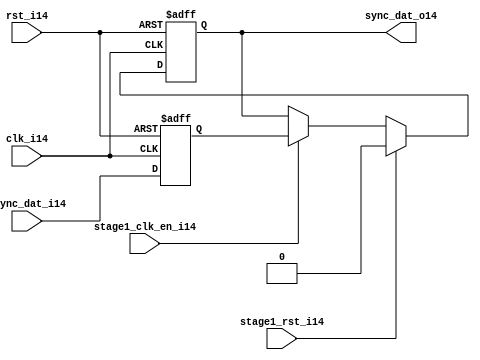
module uart_sync_flops14
(
  // internal signals14
  rst_i14,
  clk_i14,
  stage1_rst_i14,
  stage1_clk_en_i14,
  async_dat_i14,
  sync_dat_o14
);

parameter Tp14            = 1;
parameter width         = 1;
parameter init_value14    = 1'b0;

input                           rst_i14;                  // reset input
input                           clk_i14;                  // clock14 input
input                           stage1_rst_i14;           // synchronous14 reset for stage14 1 FF14
input                           stage1_clk_en_i14;        // synchronous14 clock14 enable for stage14 1 FF14
input   [width-1:0]             async_dat_i14;            // asynchronous14 data input
output  [width-1:0]             sync_dat_o14;             // synchronous14 data output


//
// Interal14 signal14 declarations14
//

reg     [width-1:0]             sync_dat_o14;
reg     [width-1:0]             flop_014;


// first stage14
always @ (posedge clk_i14 or posedge rst_i14)
begin
    if (rst_i14)
        flop_014 <= #Tp14 {width{init_value14}};
    else
        flop_014 <= #Tp14 async_dat_i14;    
end

// second stage14
always @ (posedge clk_i14 or posedge rst_i14)
begin
    if (rst_i14)
        sync_dat_o14 <= #Tp14 {width{init_value14}};
    else if (stage1_rst_i14)
        sync_dat_o14 <= #Tp14 {width{init_value14}};
    else if (stage1_clk_en_i14)
        sync_dat_o14 <= #Tp14 flop_014;       
end

endmodule